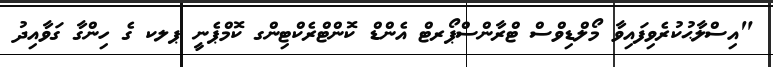
"އިސްލާޙުކުރެވިފައިވާ މޯލްޑިވްސް ޓްރާންސްޕޯރޓް އެންޑް ކޮންޓްރެކްޓިންގ ކޮމްޕެނީ ޕލކ ގެ ހިންގާ ގަވާއިދު